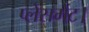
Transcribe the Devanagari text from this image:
प्लेसमेंट।